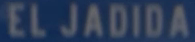
ELJADIDA